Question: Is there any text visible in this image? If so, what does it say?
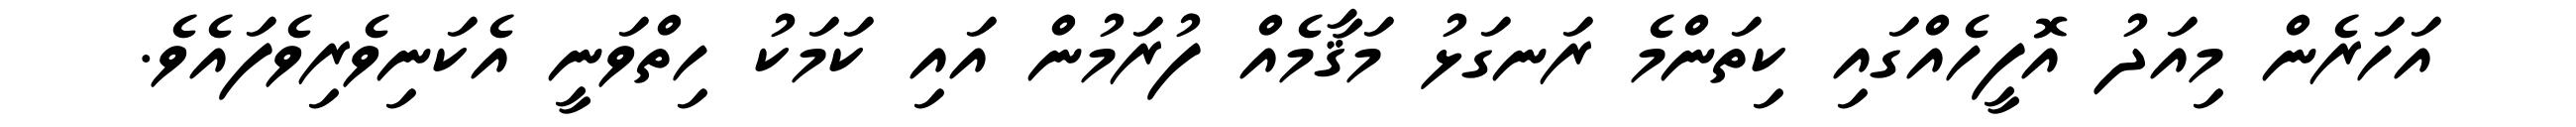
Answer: އަހަރެން މިއަދު އޮފީހެއްގައި ކިތަންމެ ރަނގަޅު މަޤާމެއް ފުރަމުން އައި ކަމަކު ހިތްވަނީ އެކަނިވެރިވެފައެވެ.